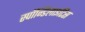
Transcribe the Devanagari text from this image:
स्पॉन्डिलाइटिस